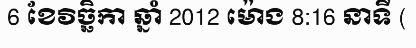
6 ខែវិច្ឆិកា ឆ្នាំ 2012 ម៉ោង 8:16 នាទី (